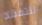
لنتفقد